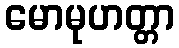
မောမုဟတ္တာ